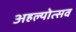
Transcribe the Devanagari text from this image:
अहल्योत्सव